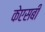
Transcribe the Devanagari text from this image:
केएसबी